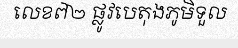
លេខ៧២ ផ្លូវបេតុងភូមិទួល